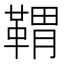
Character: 𩋤